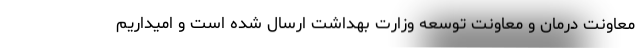
معاونت درمان و معاونت توسعه وزارت بهداشت ارسال شده است و امیداریم